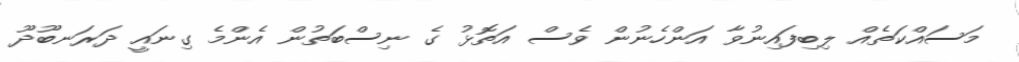
މަސައްކަތެއް ލިބިފައިނުވާ އަންހެނުން ވެސް އަތޮޅު ގެ ނިސްބަތުން އެންމެ ގިނައީ ދަރަނބޫދޫ